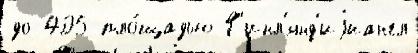
до 405 пло́щадью Ф'инл'янд'иjиангл